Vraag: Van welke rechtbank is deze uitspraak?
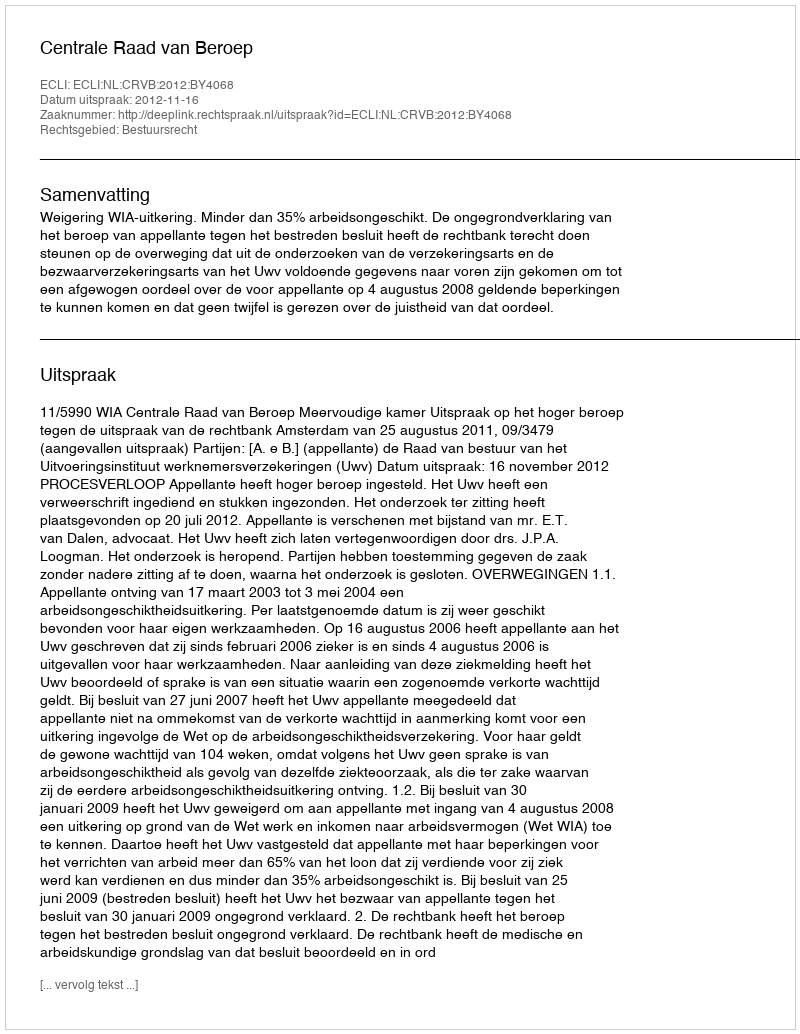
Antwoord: Centrale Raad van Beroep